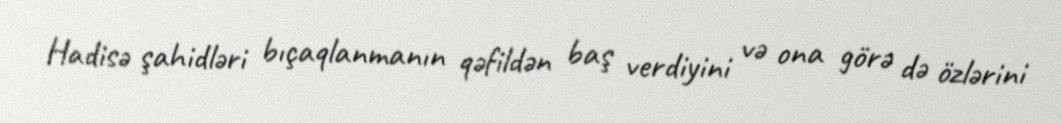
Hadisə şahidləri bıçaqlanmanın qəfildən baş verdiyini və ona görə də özlərini